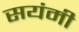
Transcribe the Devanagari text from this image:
सयंमी